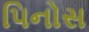
પિનોસ